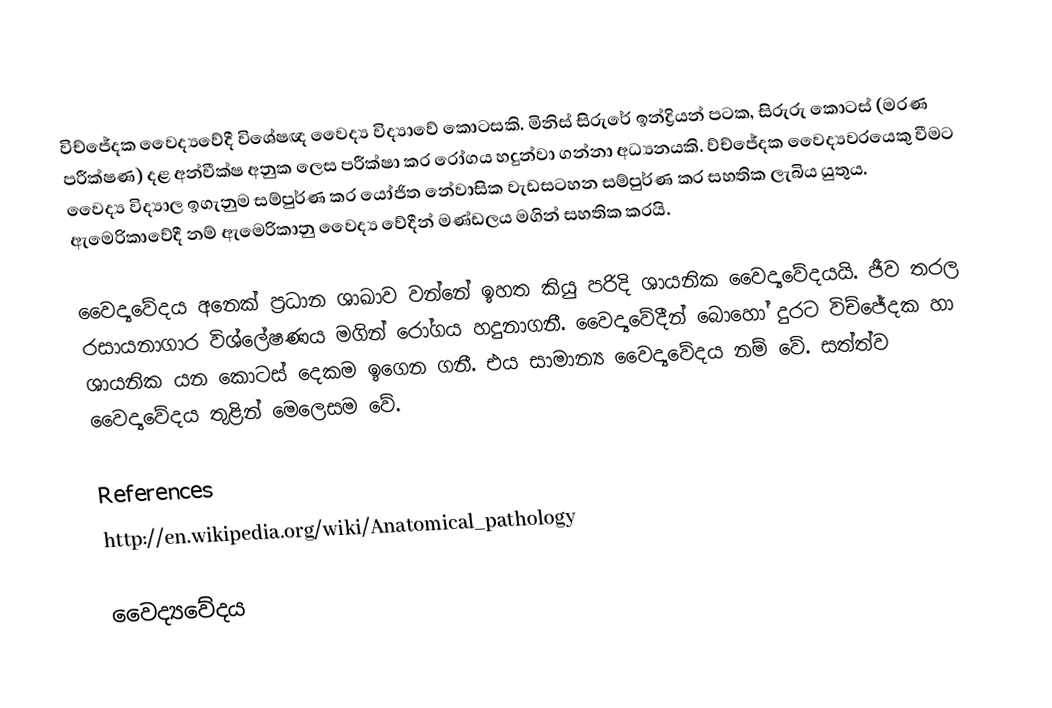
විච්ජේදක වෛද්‍යවේදී විශේෂඥ වෛද්‍ය විද්‍යාවේ කොටසකි. මිනිස් සිරුරේ ඉන්ද්‍රියන් පටක, සිරුරු කොටස් (මරණ පරීක්ෂණ) දළ අන්වීක්ෂ අනුක ලෙස පරීක්ෂා කර රෝගය හදුන්වා ගන්නා අධ්‍යනයකි. ව්ච්ජේදක වෛද්‍යවරයෙකු වීමට වෛද්‍ය විද්‍යාල ඉගැනුම සම්පුර්ණ කර යෝජිත නේවාසික වැඩසටහන සම්පුර්ණ කර සහතික ලැබිය යුතුය. ඇමෙරිකාවේදී නම් ඇමෙරිකානු වෛද්‍ය වේදීන් මණ්ඩලය මගින් සහතික කරයි.

වෛද්‍යවේදය අනෙක් ප්‍රධාන ශාඛාව වන්නේ ඉහත කියු පරිදි ශායනික වෛද්‍යවේදයයි. ජීව තරල රසායනාගාර විශ්ලේෂණය මගින් රෝගය හදුනාගනී. වෛද්‍යවේදීන් බොහෝ දුරට විච්ජේදක හා ශායනික යන කොටස් දෙකම ඉගෙන ගනී. එය සාමාන්‍ය  වෛද්‍යවේදය නම් වේ. සත්ත්ව වෛද්‍යවේදය තුළින් මෙලෙසම වේ.

References
http://en.wikipedia.org/wiki/Anatomical_pathology

වෛද්‍යවේදය